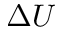
\Delta U